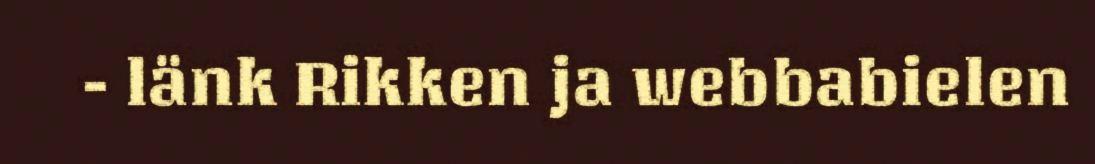
- länk Rikken ja webbabielen